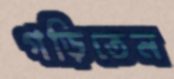
গড়িতেন